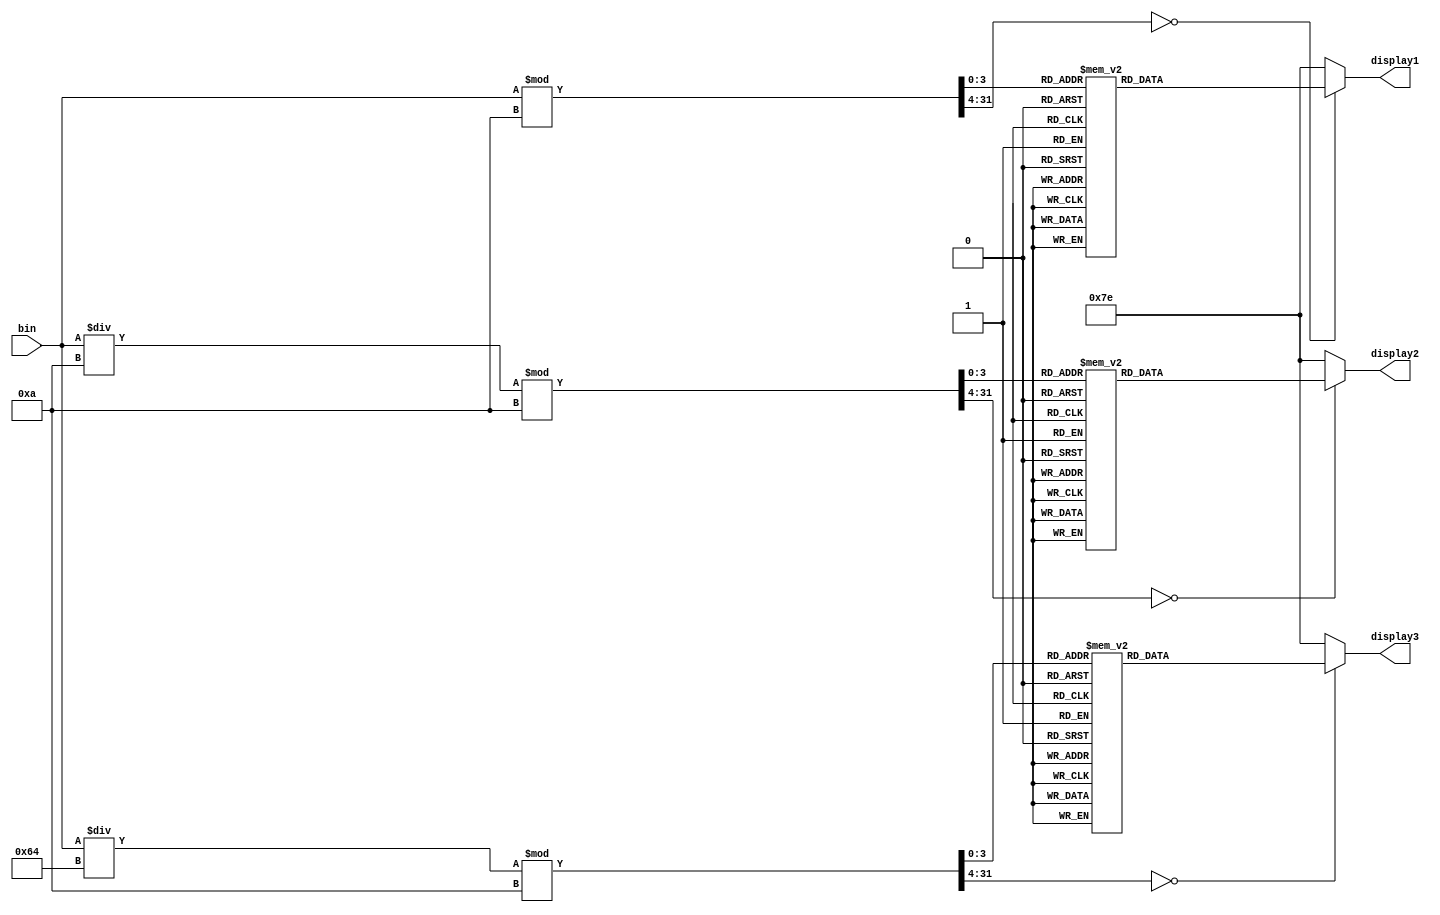
/*Nesse cdigo temos uma estrutura que usa 3 displays de 7 segmentos para registrar os nmeros da umidade de 0 a 100*/
/*Para isso, usamos o cdigo padro do display de 7 segmentos, mas aplicado a 3 sadas e com uma entrada de 7 bits.*/
module decoderbindec(bin, display1, display2, display3);

    input [6:0] bin;
    output reg [6:0] display1, display2, display3;
    
    integer digito1;
    integer digito2;
    integer digito3; /*Divisao das unidades do numero em binario*/

    /*nos parametros: a, b, c, d, e, f, g sao representados nessa ordem em binario*/

    parameter ZERO = 7'b1111110;
    parameter UM = 7'b0110000;
    parameter DOIS = 7'b1101101;
    parameter TRES = 7'b1111001;
    parameter QUATRO = 7'b0110011;
    parameter CINCO = 7'b1011011;
    parameter SEIS = 7'b0011111;
    parameter SETE = 7'b1110000;
    parameter OITO = 7'b1111111;
    parameter NOVE = 7'b1110011;

     always @(bin) begin

    digito1 = bin%10;
    digito2 = (bin/10)%10;
    digito3 = (bin/100)%10; 

           case (digito3)

            4'b0000: display3 = ZERO;
            4'b0001: display3 = UM;
            4'b0010: display3 = DOIS;
            4'b0011: display3 = TRES;
            4'b0100: display3 = QUATRO;
            4'b0101: display3 = CINCO;
            4'b0110: display3 = SEIS;
            4'b0111: display3 = SETE;
            4'b1000: display3 = OITO;
            4'b1001: display3 = NOVE;  /*Numeros da casa das Unidades*/

            default : display3 = ZERO;
           endcase

           case (digito2)

            4'b0000: display2 = ZERO;
            4'b0001: display2 = UM;
            4'b0010: display2 = DOIS;
            4'b0011: display2 = TRES;
            4'b0100: display2 = QUATRO;
            4'b0101: display2 = CINCO;
            4'b0110: display2 = SEIS;
            4'b0111: display2 = SETE;
            4'b1000: display2 = OITO;
            4'b1001: display2 = NOVE;  /*Numeros da casa das Dezenas*/

            default : display2 = ZERO;
           endcase

           case (digito1)

            4'b0000: display1 = ZERO;
            4'b0001: display1 = UM;
            4'b0010: display1 = DOIS;
            4'b0011: display1 = TRES;
            4'b0100: display1 = QUATRO;
            4'b0101: display1 = CINCO;
            4'b0110: display1 = SEIS;
            4'b0111: display1 = SETE;
            4'b1000: display1 = OITO;
            4'b1001: display1 = NOVE;  /*Numeros da casa das Centenas*/

            default : display1 = ZERO;
           endcase

    end     
                
endmodule